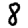
Digit: 8